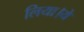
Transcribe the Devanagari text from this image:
लिया।ये